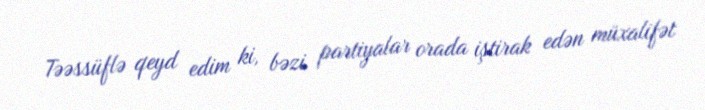
Təəssüflə qeyd edim ki, bəzi partiyalar orada iştirak edən müxalifət